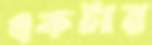
একটার